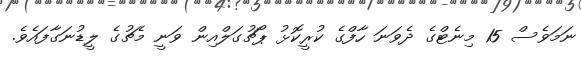
ނަމަވެސް 15 މިނެޓްގެ ދެވަނަ ހާފްގެ ކުރީކޮޅު ޕޯޗުގަލްއިން ވަނީ މެޗުގެ ލީޑުނަގާފައެވެ.